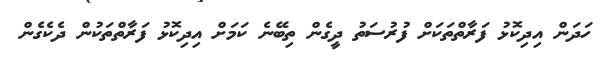
ހަދަން އިދިކޮޅު ފަރާތްތަކަށް ފުރުސަތު ދީގެން ތިބޭނެ ކަމަށް އިދިކޮޅު ފަރާތްތަކުން ދެކެގެން